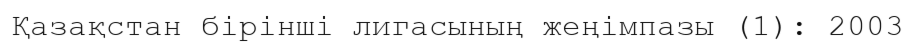
Қазақстан бірінші лигасының жеңімпазы (1): 2003